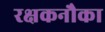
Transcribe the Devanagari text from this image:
रक्षकनौका